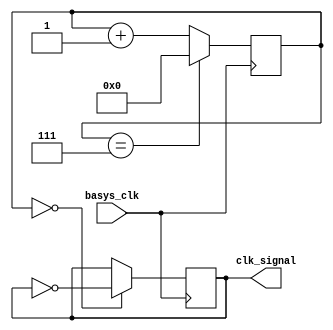
module clk6p25Mhz(
    input basys_clk,
    output clk_signal
    );
    
    reg [31:0] count = 32'd0;
    reg clk_signal = 0;
    always @(posedge basys_clk) begin
        count <= (count == 7) ? 0 : count + 1;
        clk_signal <= (count == 0) ? ~clk_signal : clk_signal;
   
    end 
endmodule